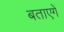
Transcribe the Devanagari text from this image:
बताएगें